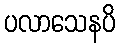
ပလာသေနပိ